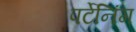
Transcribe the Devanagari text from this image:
पर्टेनिंग